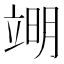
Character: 𮄱